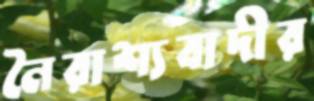
নৈরাশ্যবাদীর